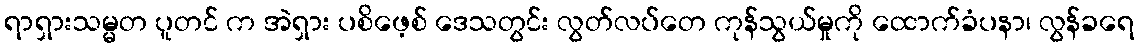
ရာရှားသမ္မတ ပူတင် က အဲရှား ပစိဖေ့စ် ဒေသတွင်း လွတ်လပ်တေ ကုန်သွယ်မှုကို ထောက်ခံပနာ၊ လွန်ခရေ